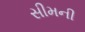
સીમની